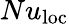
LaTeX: Nu_{\mathrm{{loc}}}